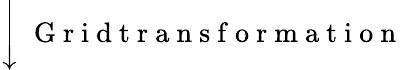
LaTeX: \Bigg\downarrow\; \mathrm{~G~r~i~d~t~r~a~n~s~f~o~r~m~a~t~i~o~n~}